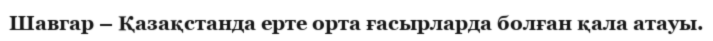
Шавгар – Қазақстанда ерте орта ғасырларда болған қала атауы.